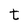
Character: t